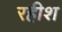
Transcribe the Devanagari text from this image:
रहीश